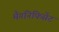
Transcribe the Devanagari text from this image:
मैगनिफिसेंट